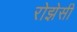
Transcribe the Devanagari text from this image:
रोझेसी